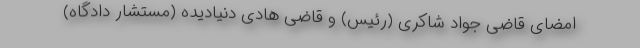
امضای قاضی جواد شاکری (رئیس) و قاضی هادی دنیادیده (مستشار دادگاه)